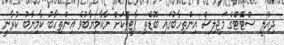
ދިއްލީ ސްޓޭޓްގެ މަޖިލިސް އިންތިހާބުގައި ބޮޑެތި ޕާޓީތަކަށް ނާކާމިޔާބުވެ އިންތިހާބު ކާމިޔާބު ކުރާނީ